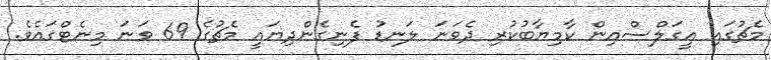
މެޗުގައި އީގަލްސްއިން ކާމިޔާބުކުރި ދެވަނަ ލަނޑު ފެނިގެންދިޔައީ މެޗުގެ 69 ވަނަ މިނެޓްގައެވެ.